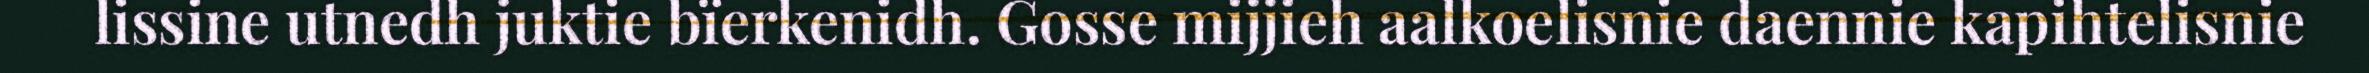
lissine utnedh juktie bïerkenidh. Gosse mijjieh aalkoelisnie daennie kapihtelisnie